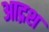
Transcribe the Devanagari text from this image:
आद्रश